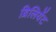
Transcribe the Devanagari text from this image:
ब्रिलियेंट